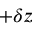
+ \delta z